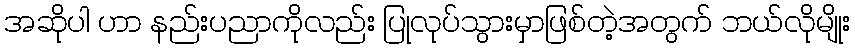
အဆိုပါ ဟာ နည်းပညာကိုလည်း ပြုလုပ်သွားမှာဖြစ်တဲ့အတွက် ဘယ်လိုမျိုး